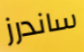
ساندرز